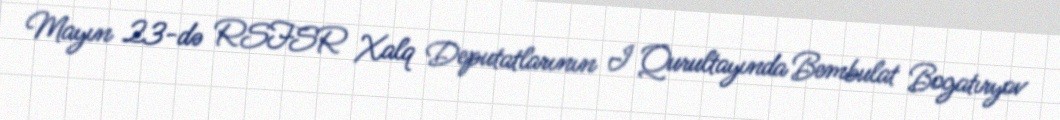
Mayın 23-də RSFSR Xalq Deputatlarının I Qurultayında Bembulat Bogatıryov